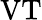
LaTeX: \textnormal{VT}